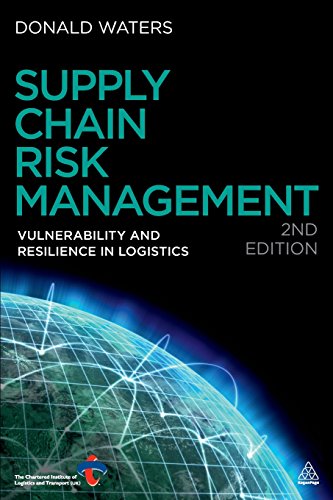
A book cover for Supply Chain Risk Management: Vulnerability and Resilience in Logistics; Donald Waters; Business & Money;